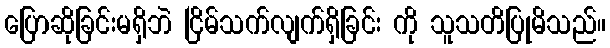
ပြောဆိုခြင်းမရှိဘဲ ငြိမ်သက်လျက်ရှိခြင်း ကို သူသတိပြုမိသည်။